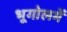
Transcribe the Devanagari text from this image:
भूगोलमें